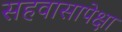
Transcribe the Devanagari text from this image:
सहवासापेक्षा